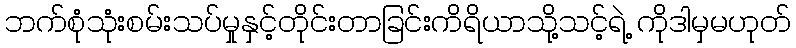
ဘက်စုံသုံးစမ်းသပ်မှုနှင့်တိုင်းတာခြင်းကိရိယာသို့သင့်ရဲ့ ကိုဒါမှမဟုတ်